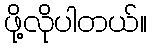
ဖို့လိုပါတယ်။